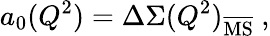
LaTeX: a_{0}(Q^{2})=\Delta\Sigma(Q^{2})_{\mathrm{\overline{{{MS}}}}}~,